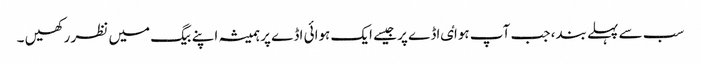
سب سے پہلے بند، جب آپ ہواٸ اڈے پر جیسے ایک ہوائی اڈے پر ہمیشہ اپنے بیگ میں نظر رکھیں ۔